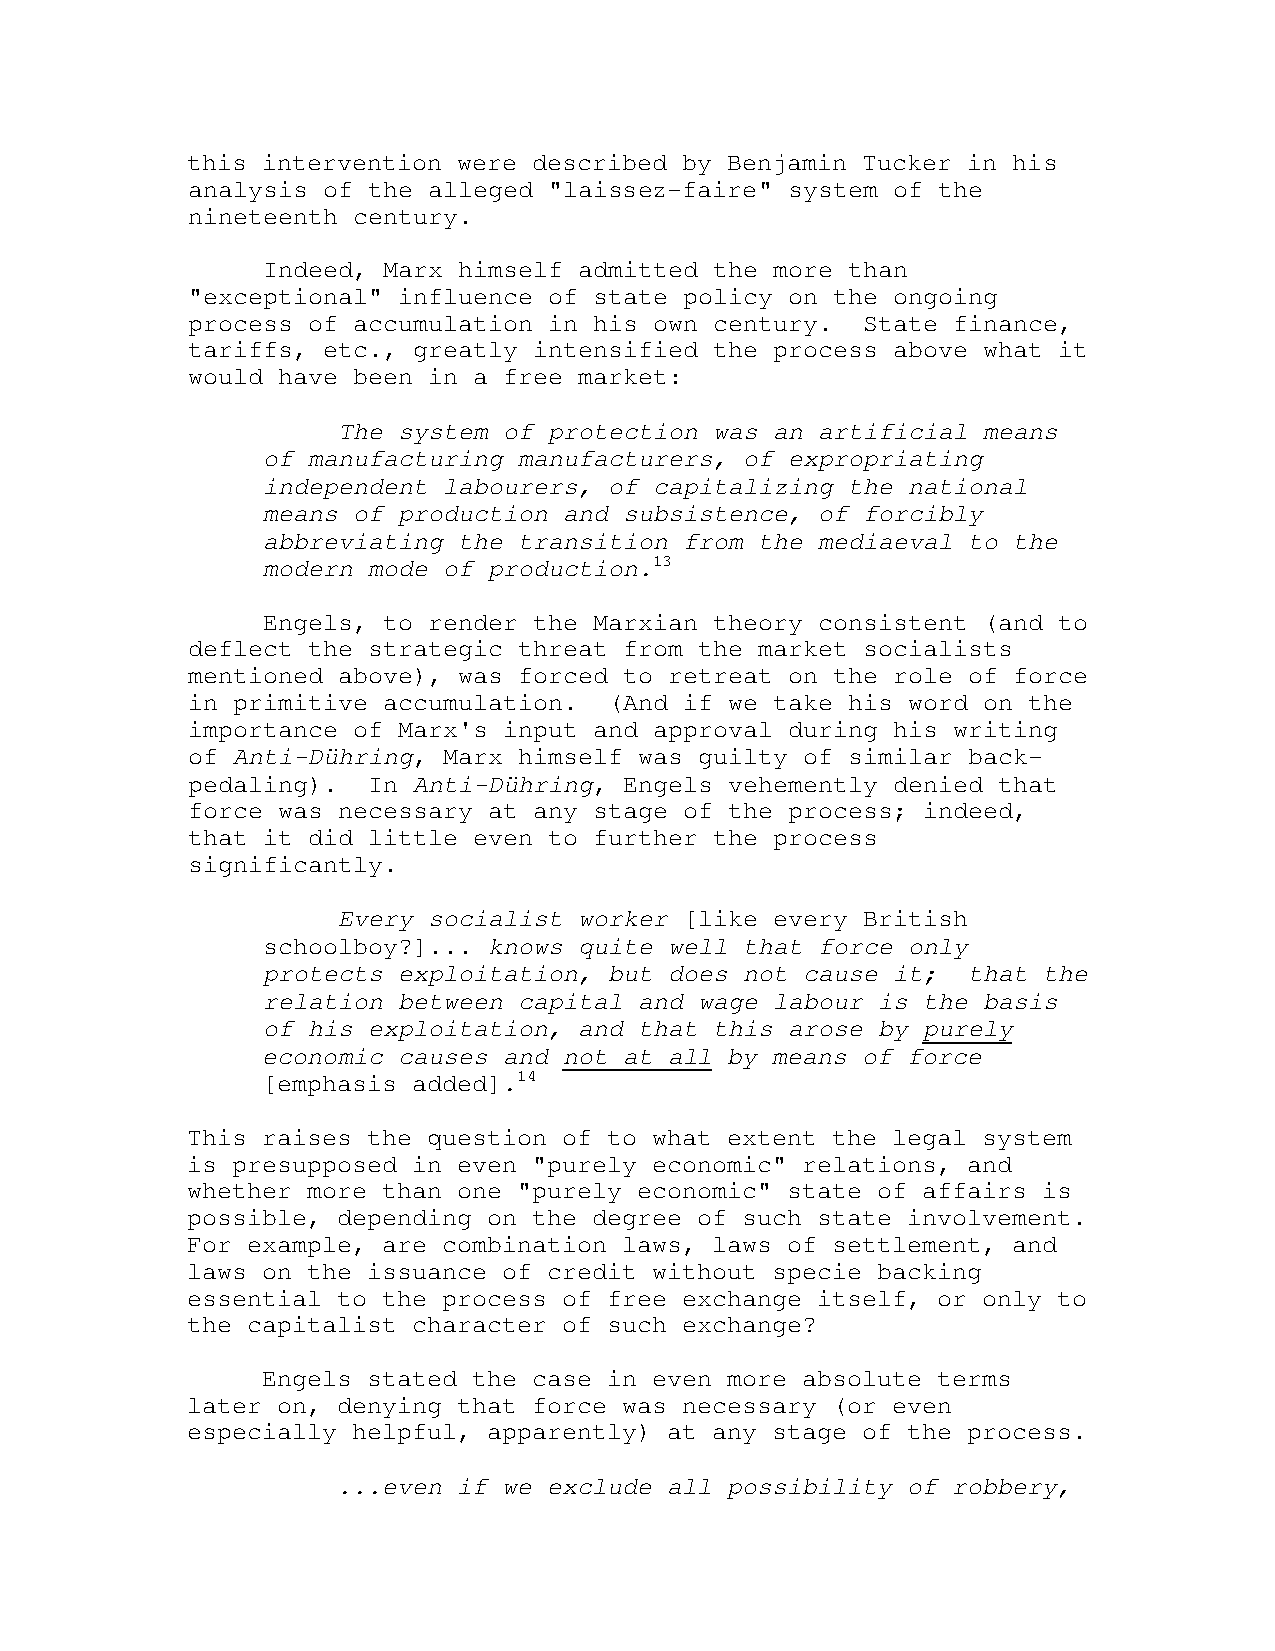
this intervention were described by Benjamin Tucker in his
 analysis of the alleged "laissez-faire" system of the
 nineteenth century.
 Indeed, Marx himself admitted the more than
 "exceptional" influence of state policy on the ongoing
 process of accumulation in his own century.  State finance,
 tariffs, etc., greatly intensified the process above what it
 would have been in a free market:
 The system of protection was an artificial means
 of manufacturing manufacturers, of expropriating
 independent labourers, of capitalizing the national
 means of production and subsistence, of forcibly
 abbreviating the transition from the mediaeval to the
 modern mode of production.13
 Engels, to render the Marxian theory consistent (and to
 deflect the strategic threat from the market socialists
 mentioned above), was forced to retreat on the role of force
 in primitive accumulation.  (And if we take his word on the
 importance of Marx's input and approval during his writing
 of Anti-Dühring, Marx himself was guilty of similar back-
 pedaling).  In Anti-Dühring, Engels vehemently denied that
 force was necessary at any stage of the process; indeed,
 that it did little even to further the process
 significantly.
 Every socialist worker [like every British
 schoolboy?]... knows quite well that force only
 protects exploitation, but does not cause it;  that the
 relation between capital and wage labour is the basis
 of his exploitation, and that this arose by purely
 economic causes and not at all by means of force
 [emphasis added].14
 This raises the question of to what extent the legal system
 is presupposed in even "purely economic" relations, and
 whether more than one "purely economic" state of affairs is
 possible, depending on the degree of such state involvement.
 For example, are combination laws, laws of settlement, and
 laws on the issuance of credit without specie backing
 essential to the process of free exchange itself, or only to
 the capitalist character of such exchange?
 Engels stated the case in even more absolute terms
 later on, denying that force was necessary (or even
 especially helpful, apparently) at any stage of the process.
 ...even if we exclude all possibility of robbery,